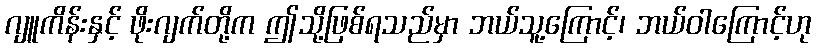
ဂျူကိန်းနှင့် ဖိုးဂျက်တို့က ဤသို့ဖြစ်ရသည်မှာ ဘယ်သူ့ကြောင့်၊ ဘယ်ဝါကြောင့်ဟု